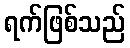
ရက်ဖြစ်သည်